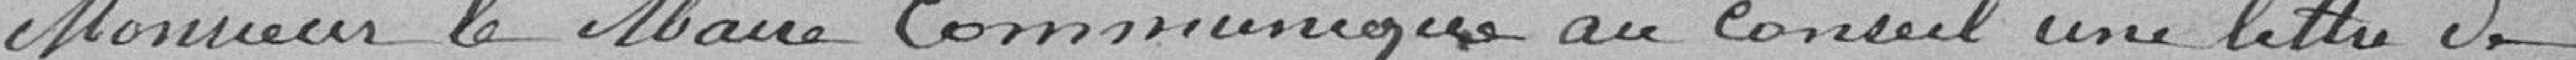
Monsieur le Maire communique, au Conseil, une lettre de